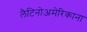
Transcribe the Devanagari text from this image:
लैटिनोअमेरिकाना